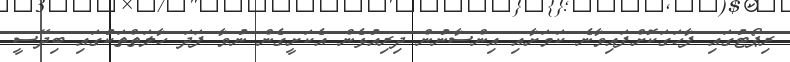
ރިޕޯޓުގައި ފާހަގަކޮށްފައިވާނެ ކަމަށާއި އިންސާނުން ދިރިއުޅެން އެކަށީގެން ނުވާ ފަދަ ހާލަތްތަކުގައި ބިދޭސީ